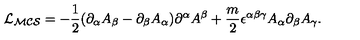
{ \cal { L } _ { M C S } } = - \frac { 1 } { 2 } ( \partial _ { \alpha } A _ { \beta } - \partial _ { \beta } A _ { \alpha } ) \partial ^ { \alpha } A ^ { \beta } + \frac { m } { 2 } \epsilon ^ { \alpha \beta \gamma } A _ { \alpha } \partial _ { \beta } A _ { \gamma } .